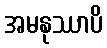
အမနုဿာပိ